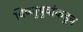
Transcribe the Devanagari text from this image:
विष्णुबुवांकडून